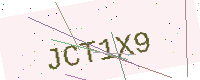
Text: JCT1X9